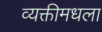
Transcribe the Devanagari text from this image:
व्यक्तीमधला